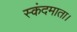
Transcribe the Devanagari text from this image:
स्कंदमाता।